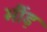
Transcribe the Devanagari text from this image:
भींड़